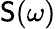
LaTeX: \mathsf{S}(\omega)